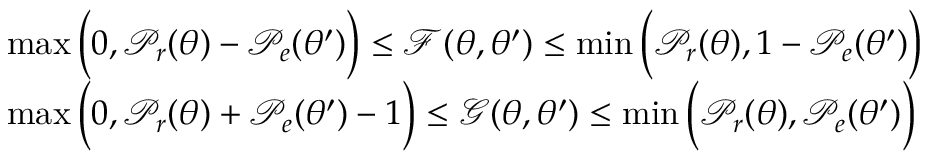
\begin{array} { r l } & { \operatorname* { m a x } \Big ( 0 , \mathcal { P } _ { r } ( \theta ) - \mathcal { P } _ { e } ( \theta ^ { \prime } ) \Big ) \leq \mathcal { F } ( \theta , \theta ^ { \prime } ) \leq \operatorname* { m i n } \Big ( \mathcal { P } _ { r } ( \theta ) , 1 - \mathcal { P } _ { e } ( \theta ^ { \prime } ) \Big ) } \\ & { \operatorname* { m a x } \Big ( 0 , \mathcal { P } _ { r } ( \theta ) + \mathcal { P } _ { e } ( \theta ^ { \prime } ) - 1 \Big ) \leq \mathcal { G } ( \theta , \theta ^ { \prime } ) \leq \operatorname* { m i n } \Big ( \mathcal { P } _ { r } ( \theta ) , \mathcal { P } _ { e } ( \theta ^ { \prime } ) \Big ) } \end{array}